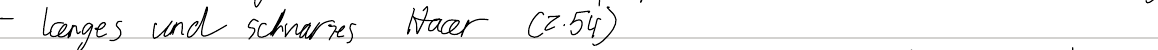
- langes und schwarzes Haar (Z.54)